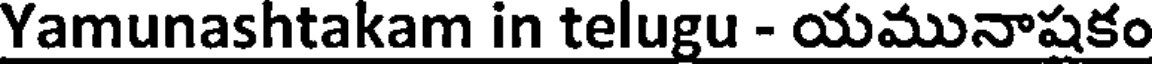
Yamunashtakam in telugu - యమునాషకం